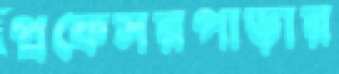
প্রফেসরপাড়ার